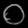
Digit: ၀